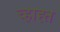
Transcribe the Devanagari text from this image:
च्हाह्त